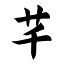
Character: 芊